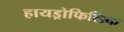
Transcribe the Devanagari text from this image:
हायड्रोफिलिक